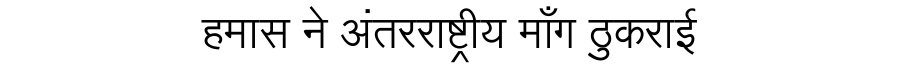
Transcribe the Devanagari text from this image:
हमास ने अंतरराष्ट्रीय माँग ठुकराई